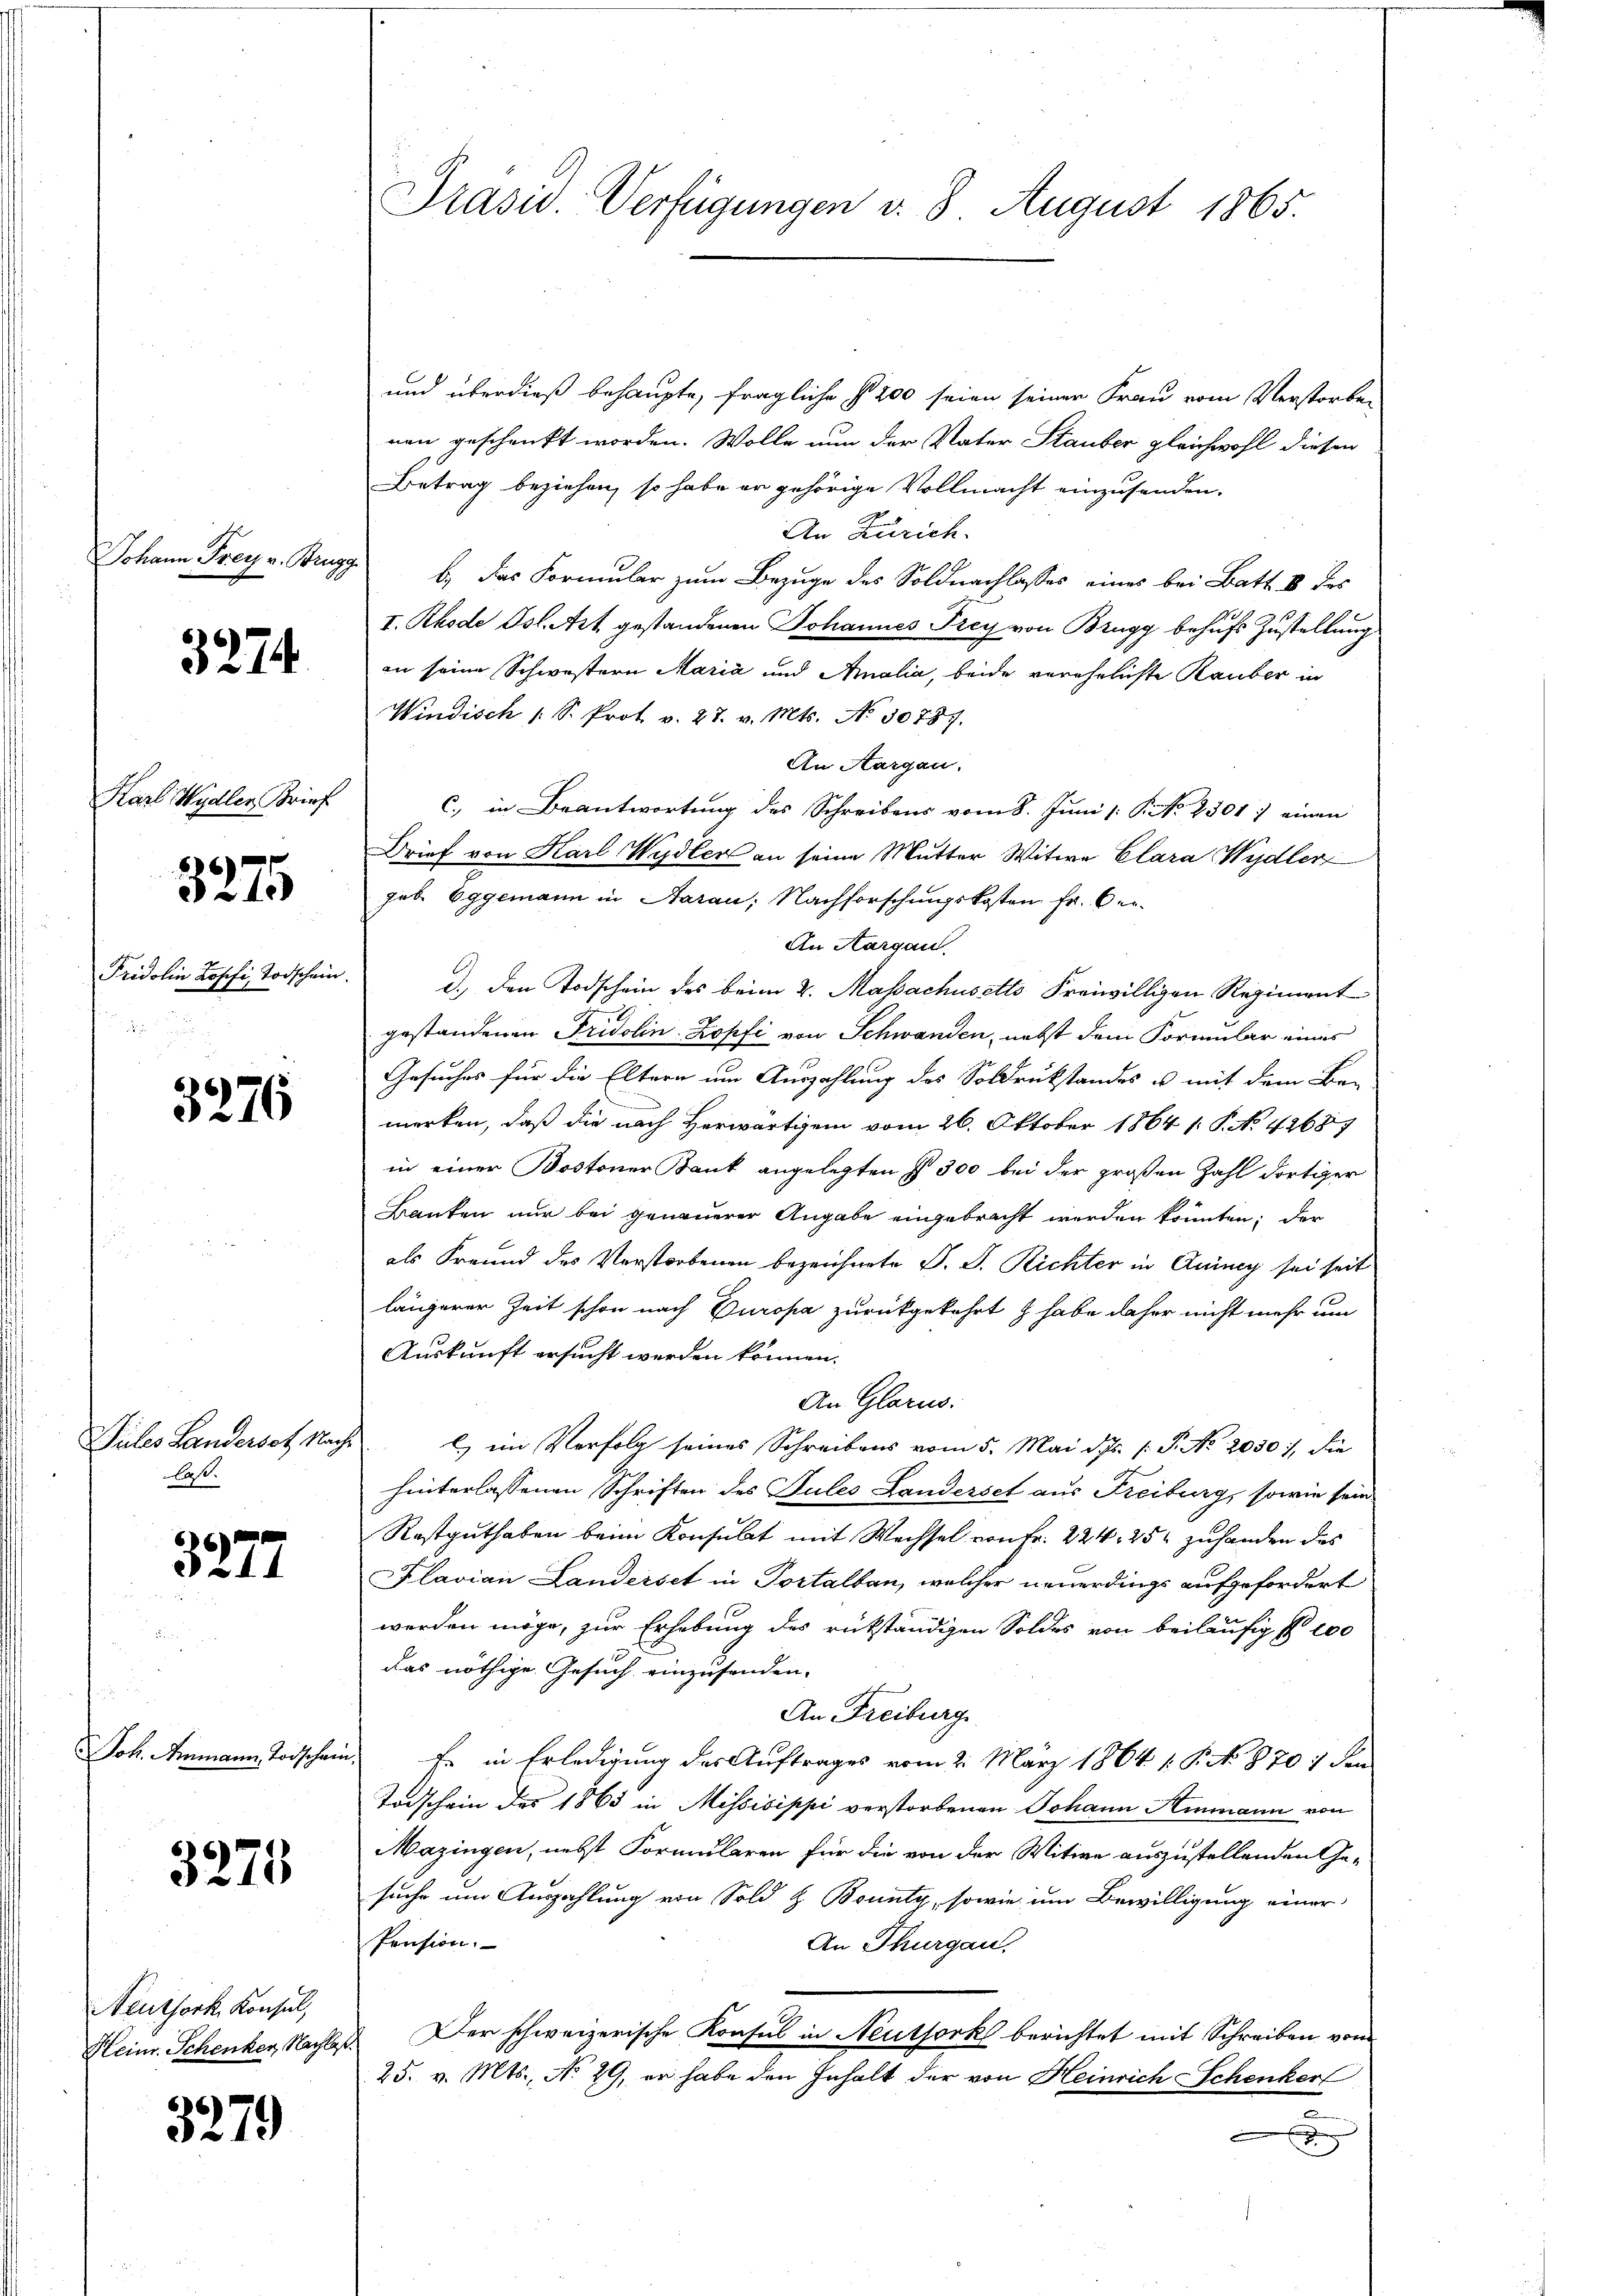
Johann Frey v. Brugg

3274

Karl Wydler Brief

66
i 10

Pridolin Josefi, Todschein

3276

laß.

3277

3275

Neuthork Konsul,
Heinr. Schenker, Nachla

3279

Präsid. Verfügungen d. 8 August 1865.

und überdieß behaupte, fragliche § 200 seien seiner Frau vom Verstorben
nen geschenkt worden. Wolle nun der Vater Stauber gleichwohl diesen
Betrag beziehen, so habe er gehörige Vollmacht einzusenden.
n
An Zürich.
b.) das Formular zum Bezuge des Soldnachlasses eines bei Batt II des
I. Rhode Isl. Art gestandenen Johannes Frey von Brugg behufs Zustellung
in seine Schwestern Maria und Amalia, beide verehelichte Rauber in
Windisch (S. Prot v. 27. v. Mts. No 30787.
An Aargau.
c. in Beantwortung des Schreibens vom 8. Juni /: P. No. 2301) einen
Brief von Karl Wydler an seine Mutter Witwe Clara Wydler
geb. Eggemann in Aarau, Nachforschungskosten Fr. Oer¬
An Aargau.
d.) Den Todschein des beim 2. Massachusetto Freiwilligen Regiment
gestandenen Fridolin Zopfi von Schwanden, nebst dem Formular eines
Gesuches für die Eltern um Auszahlung des Soldrückstandes u. mit dem Ber-
merken, daß die nach Herwärtigen vom 26. Oktober 1864 1. P. No. 42687
in einer Bostoner Bank angelegten § 300 bei der großen Zahl dortiger
Banken nur bei genauerer Angabe eingebracht werden könnten; der
als Freund des Verstorbenen bezeichnete D. P. Richter in Quincy sei seit
längerer Zeit schon nach Europa zurückgekehrt & habe daher nicht mehr um
Auskunft ersucht werden können.
An Glarus:
Siles Landerset Nach l) im Verfolg seines Schreibens vom 5. Mai d. Js. s. S. No. 2050), die
hinterlassenen Schriften des Pules Landerset aus Freiburg, sowie sein
Rastguthaben beim Konsulat mit Wechsel von Fr. 224, 25 zuhanden des
Flavian Landerset in Portalban, welcher neuerdings aufgefordert
werden möge, zur Erhebung des rückständigen Soldes von beiläufig No 100
das nöthige Gesuch einzusenden. |
An Freiburg
Joh. Ammann Todschein. Er in Erledigung des Auftrages vom 2. März 1864 1. P. No. 870 / den
Todschein des 1863 in Missisippi verstorbenen Johann Ammann von
Mazingen, nebst Formularen für die von der Witwe auszustellenden Ge-
suche um Auszahlung von Sold & Bounty, sowie um Bewilligung einer
Pension.
An Thurgau,
. Der schweizerische Konsul in Neuthork berichtet mit Schreiben von
25. v. Mts., No 29, er habe den Inhalt der von Heinrich Schenkerl
2
.